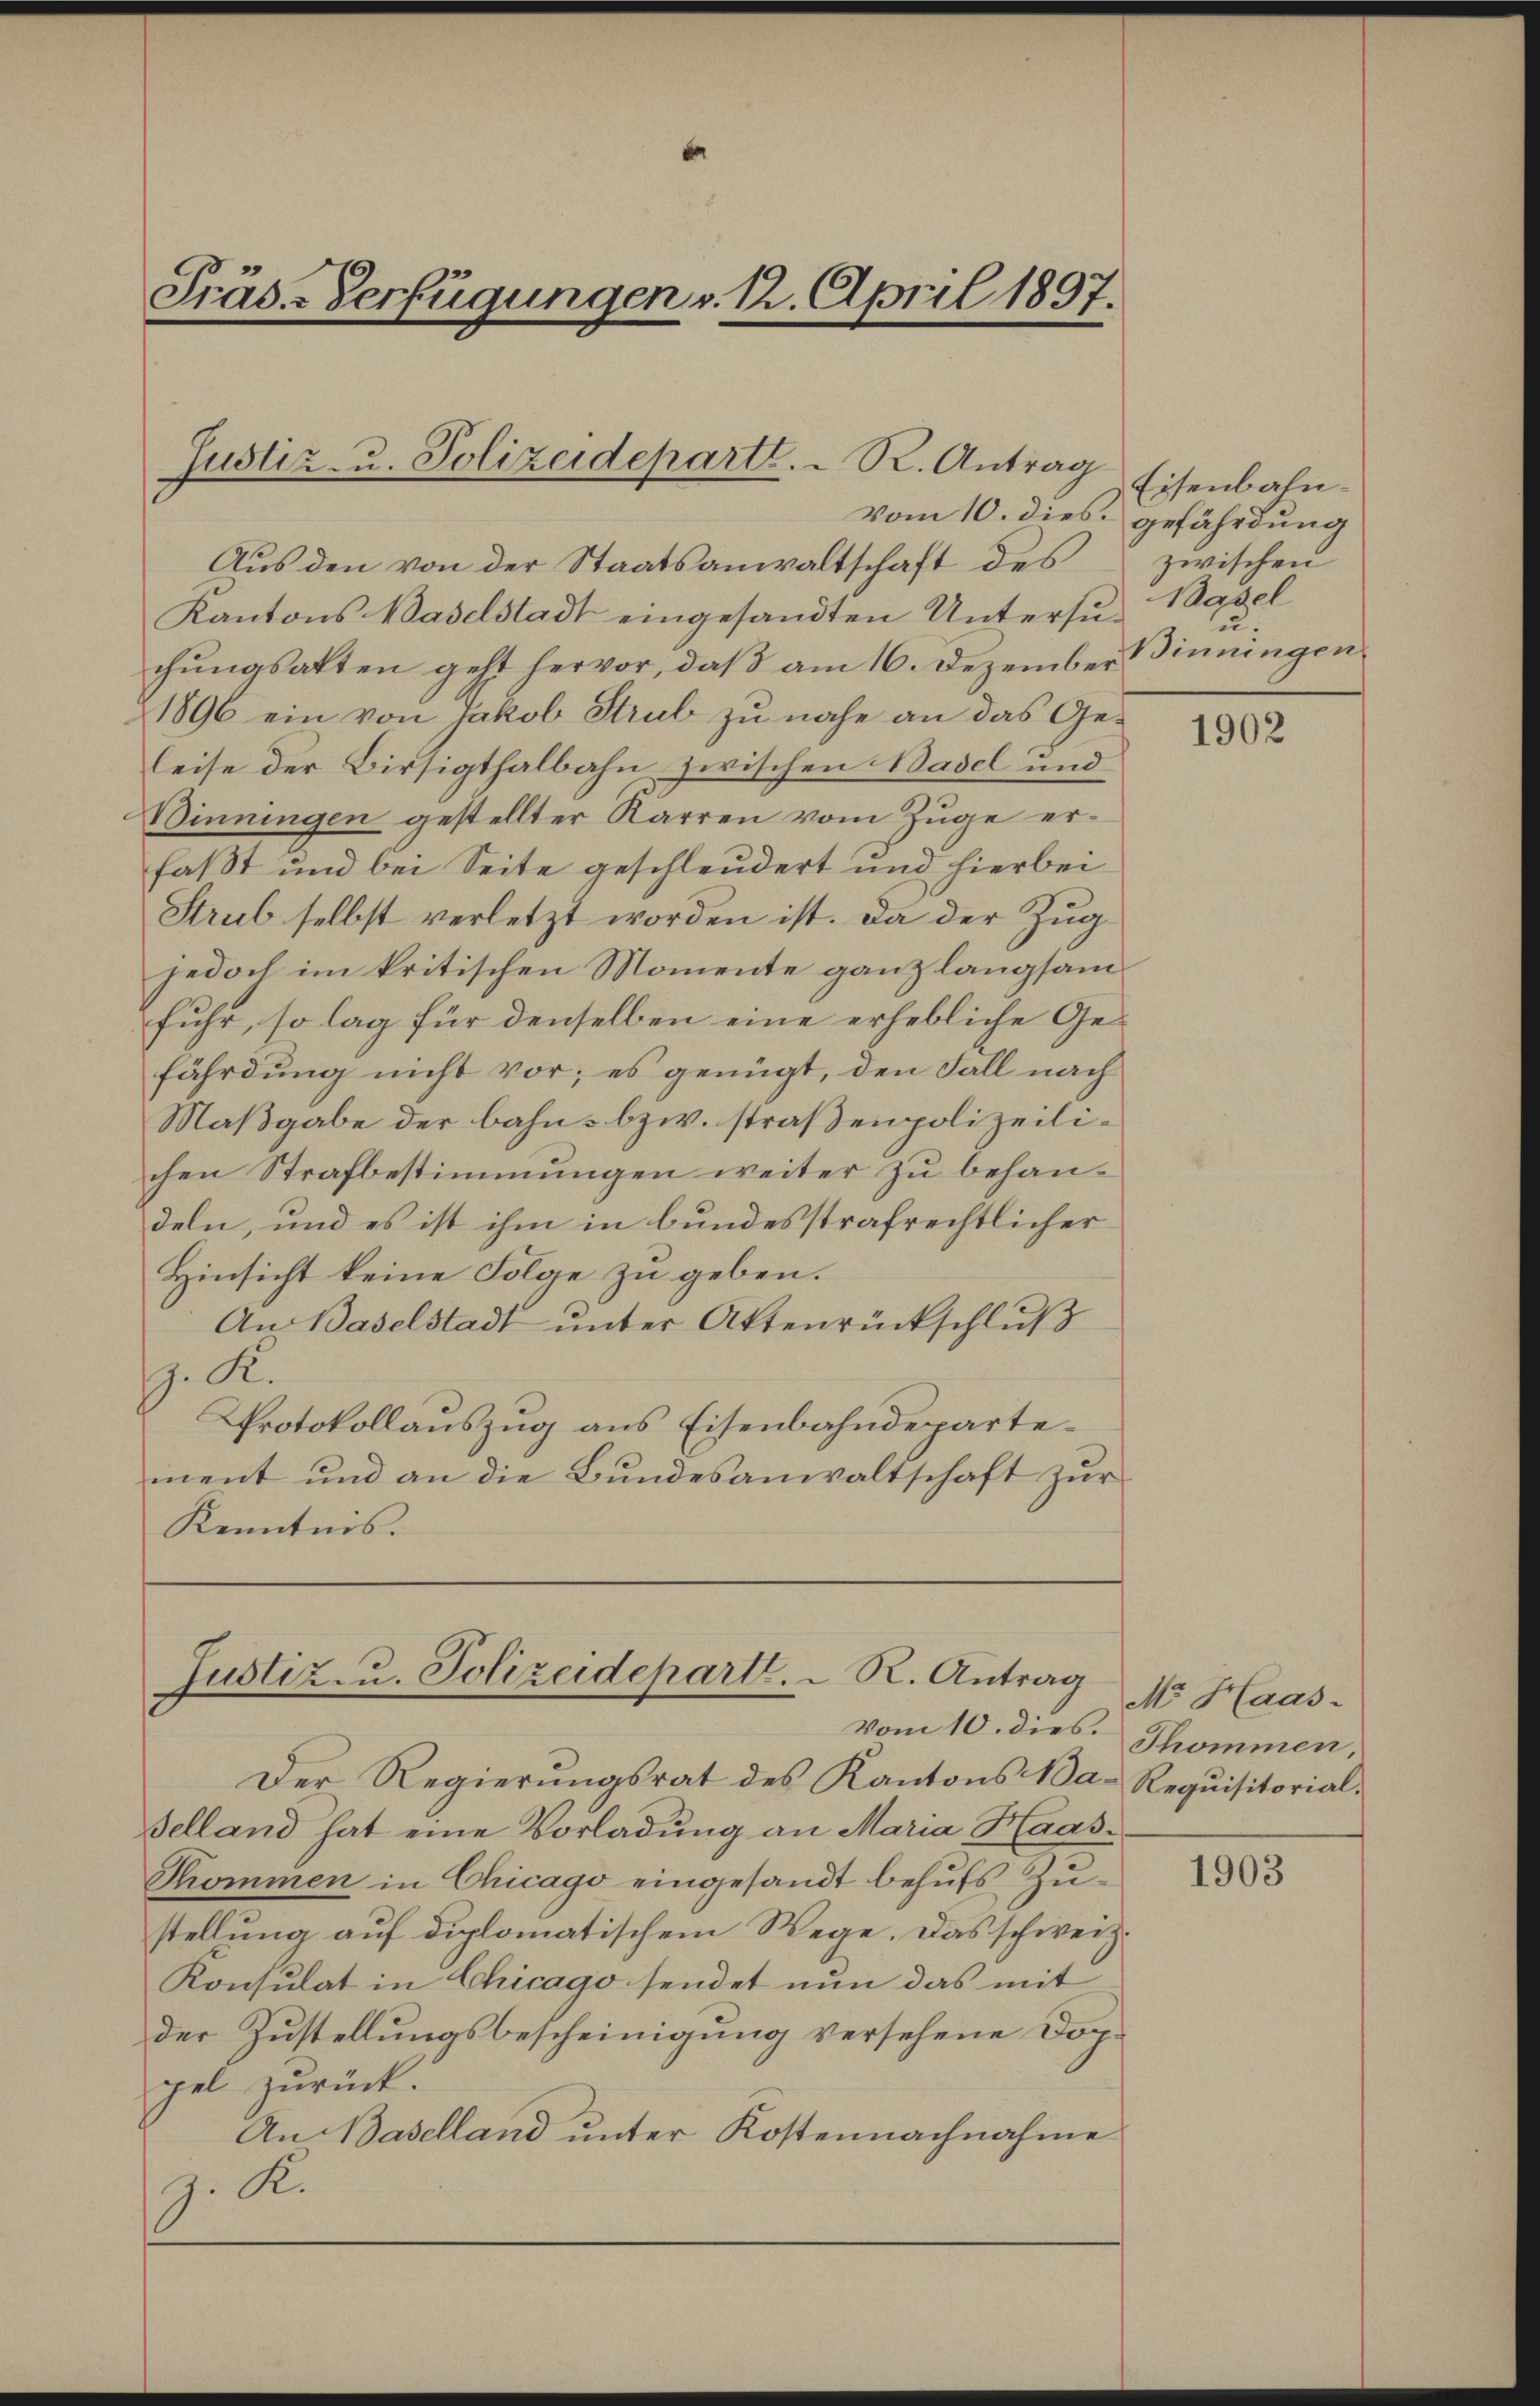
Präs.-Verfügungen v. 12. April 1897.

Justiz- u. Polizeideparte. - R. Antrag

Aus den von der Staatsanwaltschaft des
Kantons Baselstadt eingesandten Untersuchungsakten geht hervor, daß am 16. Dezember
1896 ein von Jakob Strub zu nahe an das Geleise der Birsigthalbahn zwischen Basel und
Binningen gestellter Karren vom Zuge erfaßt und bei Seite geschleudert und hierbei
Strub selbst verletzt worden ist. Da der Zug
jedoch im kritischen Momente ganz langsam
fuhr, so lag für denselben eine erhebliche Gefährdung nicht vor; es genügt, den Fall nach
Maßgabe der bahn- bzw. straßenpolizeilichen Strafbestimmungen weiter zu behandeln, und es ist ihm in bundesstrafrechtlicher
Hinsicht keine Folge zu geben.
An Baselstadt ŭnter Aktenrückschlŭβ
. K.
Protokollauszug aus Eisenbahndepartement und an die Bundesanwaltschaft zur
Kenntnis.

Justiz- u. Polizeidepartl. R. Antrag
vom 10. dies. Thommen,

Der Regierungsrat des Kantons Ba-Requisitorialselland hat eine Vorladung an Maria Haas¬
Thommen in Chicago eingesandt behufs Zustellung auf diplomatischem Wege. Das schweiz.
Konsulat in Chicago sendet nun das mit
der Zustellungsbescheinigung versehene Doppel zurück.
An Baselland unter Kostennachnahme
z. K.

Eisenbahnvom 10. dies gefährdung
zwischen
Basel
zu.
Binningen

1902

M. Haas-

1903